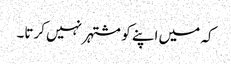
کہ میں اپنے کو مشتہر نہیں کرتا۔